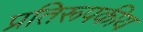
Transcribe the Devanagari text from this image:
प्रतिरूपकीय